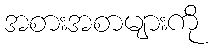
အစားအစာများကို